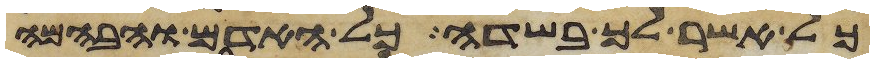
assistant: כל אשר לך בשדה כל האדם והבהמה